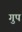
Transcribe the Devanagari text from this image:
गुप